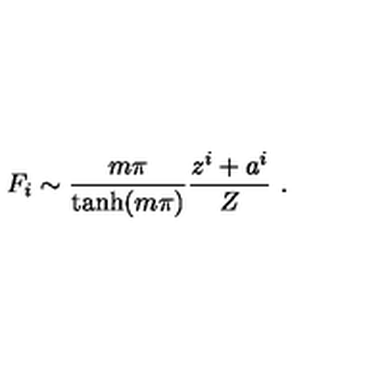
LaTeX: F _ { i } \sim \frac { m \pi } { \tanh ( m \pi ) } \frac { z ^ { i } + a ^ { i } } { Z } \ .